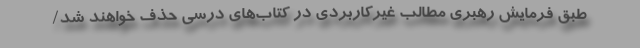
طبق فرمایش رهبری مطالب غیرکاربردی در کتاب‌های درسی حذف خواهند شد/